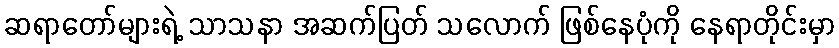
ဆရာတော်များရဲ့ သာသနာ အဆက်ပြတ် သလောက် ဖြစ်နေပုံကို နေရာတိုင်းမှာ